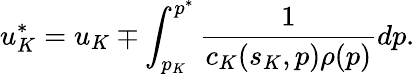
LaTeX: u_{K}^{*}=u_{K}\mp\int_{p_{K}}^{p^{*}}\frac{1}{c_{K}(s_{K},p)\rho(p)}dp.